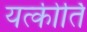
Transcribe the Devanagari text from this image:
यत्कीर्ति